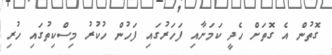
ގޮތުން އެ ގޮތަށް ހެދީ ކަމަށާއި ފަހަރުގައި ފަހުން ހުކުރު މިސްކިތުގައި ހުރި